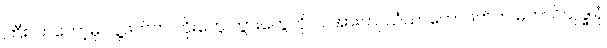
ကြီးလာတော့မှ လူ့ဖက်က ဘိုးတွေ ဘွားတွေကိုလဲ အားကျ သံဃာတော်ဖက်က မဟာဝိသုဒ္ဓါရုံ